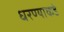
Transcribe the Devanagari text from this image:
धरण्याकडे